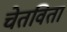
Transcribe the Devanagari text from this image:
चेतविता